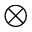
\otimes